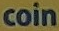
coin